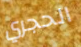
الحجري